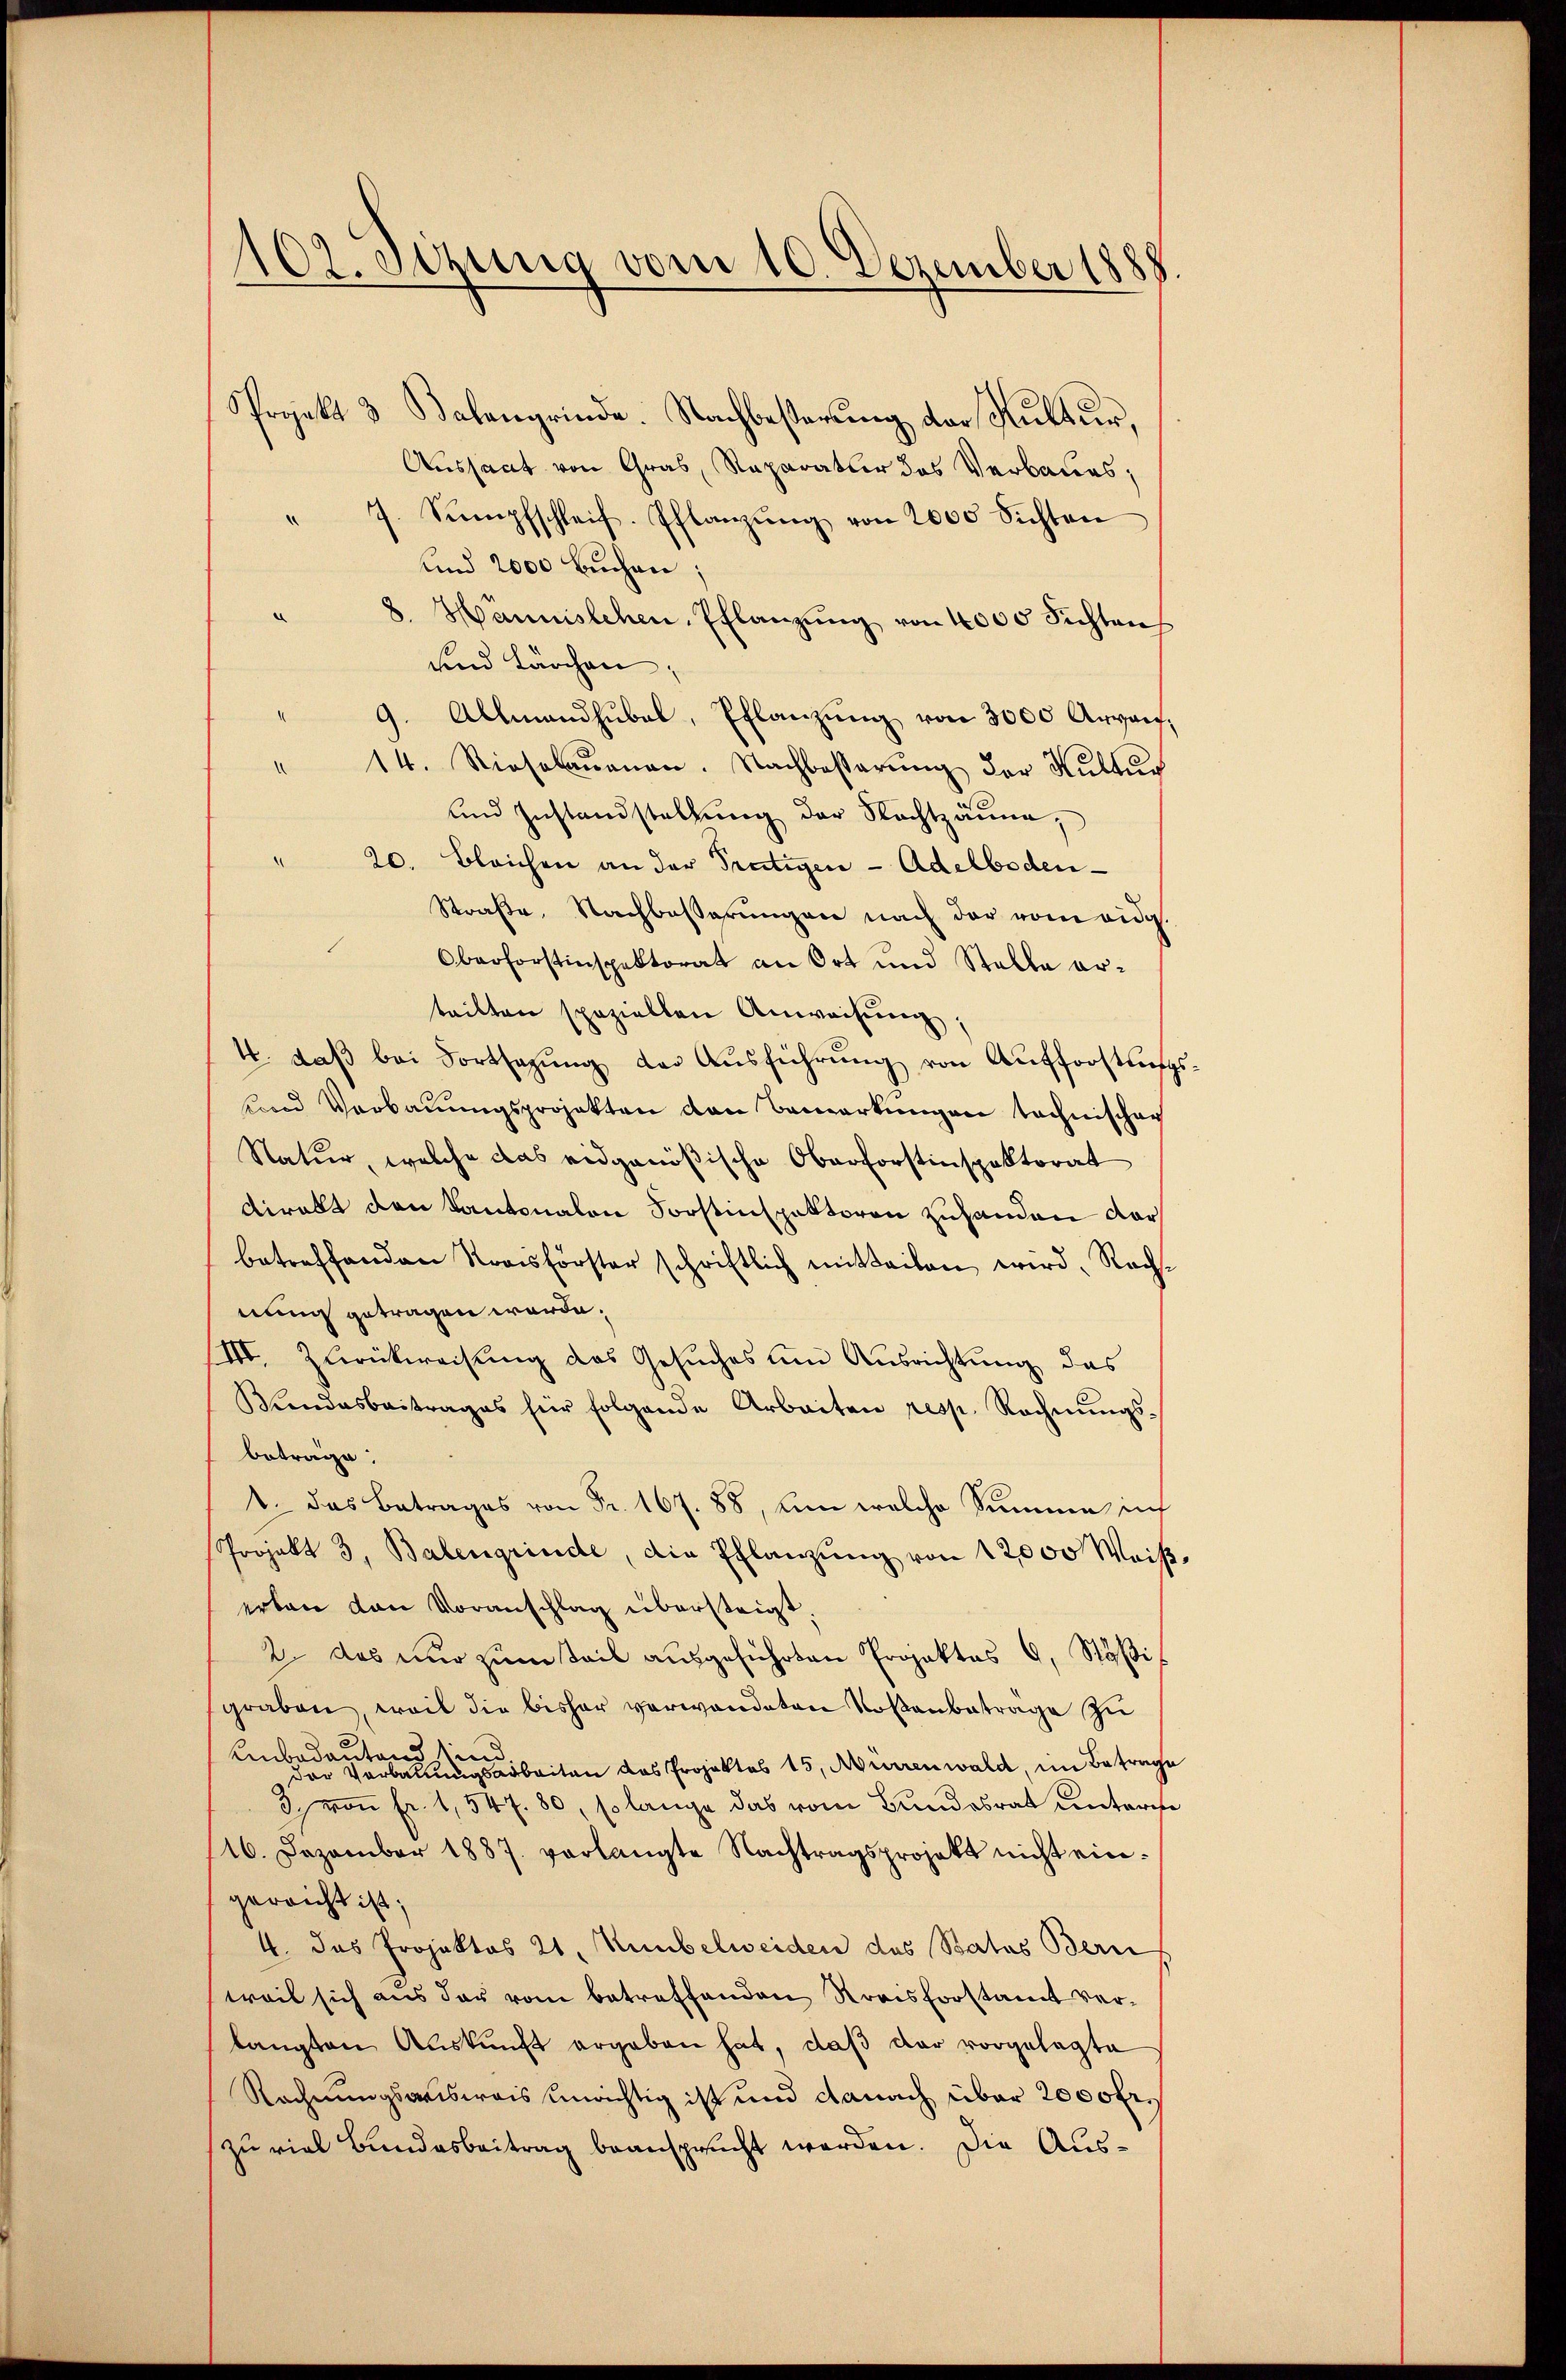
102. Sezung vom 10. Dezember 1888
Projekt 3 Kalengrinde. Nachbesterŭng der Kultur,
Aussaat von Gras, Reparatur das Verbaues,

" 7. Sumpfschleif. Pflanzŭng von 2000 sichten
und 2000 Buchen;
8. Hännislehen, Pflanzŭng von 4000 Sichtens
und Lärchen
Allmandhŭbal, Pflanzŭng von 3000 Argau,
14. Riesalaŭanen. Nachbesserung der Kultur
.
und Zustandstellung der Nachtzäune,
20. Bleichen an der Frutigen - Adelboden¬
Straße, Nachbeßerungen nach der vom eidg.
1
Oberforstinspektorat an Ort und Stelle er-
teilten speziellen Anweisŭng,
4. daß bei Fortsazung der Ausführung von Aufforstungs¬
und Verbauungsprojekten den Bemerkungen technischer
Natur, welche das eidgenößische Oberforstinspektorat
viralt den Kantonalen Forstinspektoren zuhanden dar
betreffenden Kraisförster schriftlich mitteilen wird, Rechnung getragen werde.
III. Zurückweisung des Gesuches und Ausrichtung das
Wendesbeitrages für folgende Arbeiten resp. Rechnŭngs-
betrage:
1. das Betrages von Fr. 167. 88, um welche Summe in
Projekt 3, Balengrinde, die Pflanzŭng von 12000 Weiβ
erlan van Voranschlag übersteigt
2. das nur zum Teil ausgeführten Projektes 9, Stößigraben, weil die bisher verwandeten Kostenbetrage zu
Unbedauereiten das Projektes 15, Murrenwald, im Betrage
3. von Fr. 1,547. 80, so lange das vom Bundesrat unterse
16. Dezember 1887 verlangte Nachtragsprojekt nicht eingereicht ist;
4. Das Projektos 21. Neubelweiden des Batus Bern
weil sich aus der vom betreffenden Kreisforstamt verlangten Auskunft ergeben hat, daß der vorgelegte
Rechnungsweisweis unrichtig ist und danach über 2000fr.
zu viel Bundesbeitrag beansprucht werden. Die Aus¬